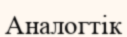
Аналогтік